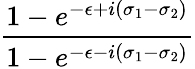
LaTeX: \frac{1-e^{-\epsilon+i(\sigma_{1}-\sigma_{2})}}{1-e^{-\epsilon-i(\sigma_{1}-\sigma_{2})}}